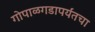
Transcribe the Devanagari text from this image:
गोपाळगडापर्यंतचा